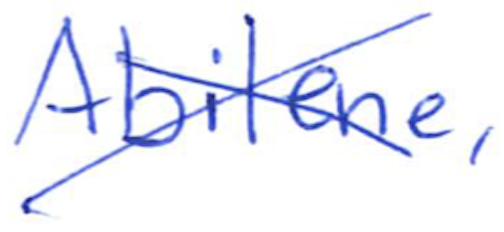
Text: Abilene,
Cross-out: cross
Writing tool: ballpoint